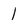
Character: 1